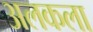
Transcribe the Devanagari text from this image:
अलकला